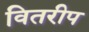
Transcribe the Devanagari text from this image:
वितरीप